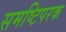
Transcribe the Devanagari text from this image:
समष्टिपरक